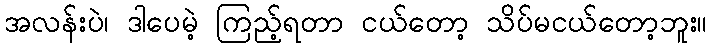
အလန်းပဲ၊ ဒါပေမဲ့ ကြည့်ရတာ ငယ်တော့ သိပ်မငယ်တော့ဘူး။